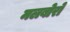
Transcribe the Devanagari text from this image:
मलबोरो